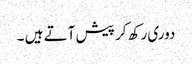
دوری رکھ کر پیش آتے ہیں ۔